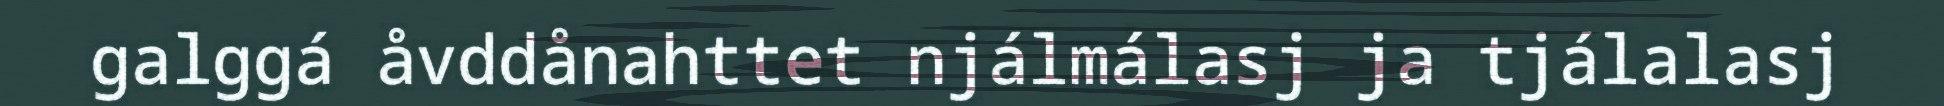
galggá åvddånahttet njálmálasj ja tjálalasj